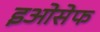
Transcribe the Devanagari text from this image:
इओसेफ